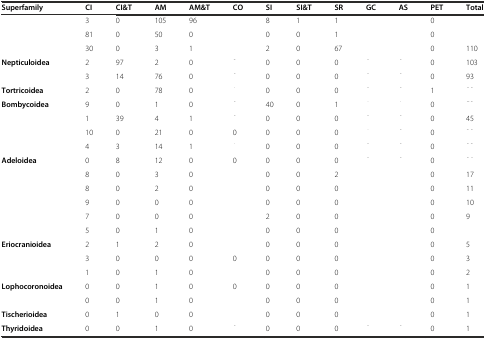
<table><thead><tr><td><b>Superfamily</b></td><td><b>CI</b></td><td><b>CI&amp;T</b></td><td><b>AM</b></td><td><b>AM&amp;T</b></td><td><b>CO</b></td><td><b>SI</b></td><td><b>SI&amp;T</b></td><td><b>SR</b></td><td><b>GC</b></td><td><b>AS</b></td><td><b>PET</b></td><td><b>Total</b></td></tr></thead><tbody><tr><td>[EMPTY_CELL]</td><td>3</td><td>0</td><td>105</td><td>96</td><td>[EMPTY_CELL]</td><td>8</td><td>1</td><td>1</td><td>[EMPTY_CELL]</td><td>[EMPTY_CELL]</td><td>0</td><td>[EMPTY_CELL]</td></tr><tr><td>[EMPTY_CELL]</td><td>81</td><td>0</td><td>50</td><td>0</td><td>[EMPTY_CELL]</td><td>0</td><td>0</td><td>1</td><td>[EMPTY_CELL]</td><td>[EMPTY_CELL]</td><td>0</td><td>[EMPTY_CELL]</td></tr><tr><td>[EMPTY_CELL]</td><td>30</td><td>0</td><td>3</td><td>1</td><td>[EMPTY_CELL]</td><td>2</td><td>0</td><td>67</td><td>[EMPTY_CELL]</td><td>[EMPTY_CELL]</td><td>0</td><td>110</td></tr><tr><td><b>Nepticuloidea</b></td><td>2</td><td>97</td><td>2</td><td>0</td><td>[EMPTY_CELL]</td><td>0</td><td>0</td><td>0</td><td>[EMPTY_CELL]</td><td>[EMPTY_CELL]</td><td>0</td><td>103</td></tr><tr><td>[EMPTY_CELL]</td><td>3</td><td>14</td><td>76</td><td>0</td><td>[EMPTY_CELL]</td><td>0</td><td>0</td><td>0</td><td>[EMPTY_CELL]</td><td>[EMPTY_CELL]</td><td>0</td><td>93</td></tr><tr><td><b>Tortricoidea</b></td><td>2</td><td>0</td><td>78</td><td>0</td><td>[EMPTY_CELL]</td><td>0</td><td>0</td><td>0</td><td>[EMPTY_CELL]</td><td>[EMPTY_CELL]</td><td>1</td><td>[EMPTY_CELL]</td></tr><tr><td><b>Bombycoidea</b></td><td>9</td><td>0</td><td>1</td><td>0</td><td>[EMPTY_CELL]</td><td>40</td><td>0</td><td>1</td><td>[EMPTY_CELL]</td><td>[EMPTY_CELL]</td><td>0</td><td>[EMPTY_CELL]</td></tr><tr><td>[EMPTY_CELL]</td><td>1</td><td>39</td><td>4</td><td>1</td><td>[EMPTY_CELL]</td><td>0</td><td>0</td><td>0</td><td>[EMPTY_CELL]</td><td>[EMPTY_CELL]</td><td>0</td><td>45</td></tr><tr><td>[EMPTY_CELL]</td><td>10</td><td>0</td><td>21</td><td>0</td><td>0</td><td>0</td><td>0</td><td>0</td><td>[EMPTY_CELL]</td><td>[EMPTY_CELL]</td><td>0</td><td>[EMPTY_CELL]</td></tr><tr><td>[EMPTY_CELL]</td><td>4</td><td>3</td><td>14</td><td>1</td><td>[EMPTY_CELL]</td><td>0</td><td>0</td><td>0</td><td>[EMPTY_CELL]</td><td>[EMPTY_CELL]</td><td>0</td><td>[EMPTY_CELL]</td></tr><tr><td><b>Adeloidea</b></td><td>0</td><td>8</td><td>12</td><td>0</td><td>0</td><td>0</td><td>0</td><td>0</td><td>[EMPTY_CELL]</td><td>[EMPTY_CELL]</td><td>0</td><td>[EMPTY_CELL]</td></tr><tr><td>[EMPTY_CELL]</td><td>8</td><td>0</td><td>3</td><td>0</td><td>[EMPTY_CELL]</td><td>0</td><td>0</td><td>2</td><td>[EMPTY_CELL]</td><td>[EMPTY_CELL]</td><td>0</td><td>17</td></tr><tr><td>[EMPTY_CELL]</td><td>8</td><td>0</td><td>2</td><td>0</td><td>[EMPTY_CELL]</td><td>0</td><td>0</td><td>0</td><td>[EMPTY_CELL]</td><td>[EMPTY_CELL]</td><td>0</td><td>11</td></tr><tr><td>[EMPTY_CELL]</td><td>9</td><td>0</td><td>0</td><td>0</td><td>[EMPTY_CELL]</td><td>0</td><td>0</td><td>0</td><td>[EMPTY_CELL]</td><td>[EMPTY_CELL]</td><td>0</td><td>10</td></tr><tr><td>[EMPTY_CELL]</td><td>7</td><td>0</td><td>0</td><td>0</td><td>[EMPTY_CELL]</td><td>2</td><td>0</td><td>0</td><td>[EMPTY_CELL]</td><td>[EMPTY_CELL]</td><td>0</td><td>9</td></tr><tr><td>[EMPTY_CELL]</td><td>5</td><td>0</td><td>1</td><td>0</td><td>[EMPTY_CELL]</td><td>0</td><td>0</td><td>0</td><td>[EMPTY_CELL]</td><td>[EMPTY_CELL]</td><td>0</td><td>[EMPTY_CELL]</td></tr><tr><td><b>Eriocranioidea</b></td><td>2</td><td>1</td><td>2</td><td>0</td><td>[EMPTY_CELL]</td><td>0</td><td>0</td><td>0</td><td>[EMPTY_CELL]</td><td>[EMPTY_CELL]</td><td>0</td><td>5</td></tr><tr><td>[EMPTY_CELL]</td><td>3</td><td>0</td><td>0</td><td>0</td><td>0</td><td>0</td><td>0</td><td>0</td><td>[EMPTY_CELL]</td><td>[EMPTY_CELL]</td><td>0</td><td>3</td></tr><tr><td>[EMPTY_CELL]</td><td>1</td><td>0</td><td>1</td><td>0</td><td>[EMPTY_CELL]</td><td>0</td><td>0</td><td>0</td><td>[EMPTY_CELL]</td><td>[EMPTY_CELL]</td><td>0</td><td>2</td></tr><tr><td><b>Lophocoronoidea</b></td><td>0</td><td>0</td><td>1</td><td>0</td><td>0</td><td>0</td><td>0</td><td>0</td><td>[EMPTY_CELL]</td><td>[EMPTY_CELL]</td><td>0</td><td>1</td></tr><tr><td>[EMPTY_CELL]</td><td>0</td><td>0</td><td>1</td><td>0</td><td>[EMPTY_CELL]</td><td>0</td><td>0</td><td>0</td><td>[EMPTY_CELL]</td><td>[EMPTY_CELL]</td><td>0</td><td>1</td></tr><tr><td><b>Tischerioidea</b></td><td>0</td><td>1</td><td>0</td><td>0</td><td>[EMPTY_CELL]</td><td>0</td><td>0</td><td>0</td><td>[EMPTY_CELL]</td><td>[EMPTY_CELL]</td><td>0</td><td>1</td></tr><tr><td><b>Thyridoidea</b></td><td>0</td><td>0</td><td>1</td><td>0</td><td>[EMPTY_CELL]</td><td>0</td><td>0</td><td>0</td><td>[EMPTY_CELL]</td><td>[EMPTY_CELL]</td><td>0</td><td>1</td></tr></tbody></table>